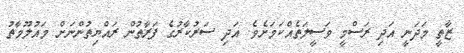
ޒާތީ މަދަނީ އަދި ރަސްމީ ވަސީލަތެއްކަމަށެވެ. އަދި ސަރުކާރުގެ ފަރާތުން ރައްޔިތުންނަށް މައުލޫމާތު